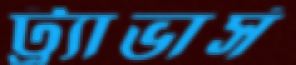
ট্র্যাভার্স